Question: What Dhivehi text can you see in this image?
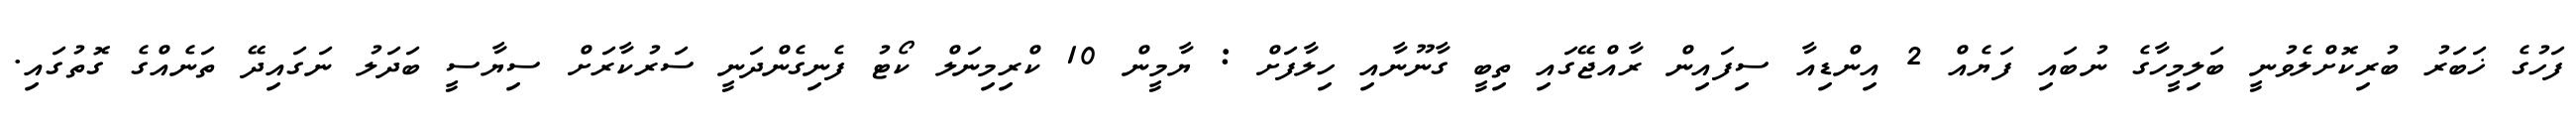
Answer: ފަހުގެ ޚަބަރު ބުރިކޮށްލެވުނީ ބަލިމީހާގެ ނުބައި ފަޔެއް 2 އިންޑިއާ ސިފައިން ރާއްޖޭގައި ތިބީ ގާނޫނާއި ހިލާފަށް : ޔާމީން 10 ކްރިމިނަލް ކޯޓު ފެނިގެންދަނީ ސަރުކާރަށް ސިޔާސީ ބަދަލު ނަގައިދޭ ތަނެއްގެ ގޮތުގައި.